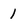
Character: 1